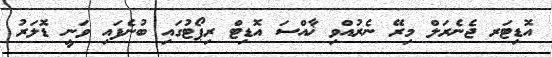
އޮޑިޓަރ ޖެނެރަލް މިރޭ ނެރުއްވި ޚާއްސަ އޮޑިޓް ރިޕޯޓުގައި ބުނެފައި ވަނީ ޑޮލަރު